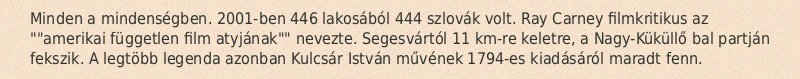
Minden a mindenségben. 2001-ben 446 lakosából 444 szlovák volt. Ray Carney filmkritikus az ""amerikai független film atyjának"" nevezte. Segesvártól 11 km-re keletre, a Nagy-Küküllő bal partján fekszik. A legtöbb legenda azonban Kulcsár István művének 1794-es kiadásáról maradt fenn.